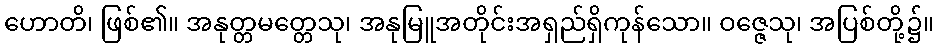
ဟောတိ၊ ဖြစ်၏။ အနုတ္တမတ္တေသု၊ အနုမြူအတိုင်းအရှည်ရှိကုန်သော။ ဝဇ္ဇေသု၊ အပြစ်တို့၌။